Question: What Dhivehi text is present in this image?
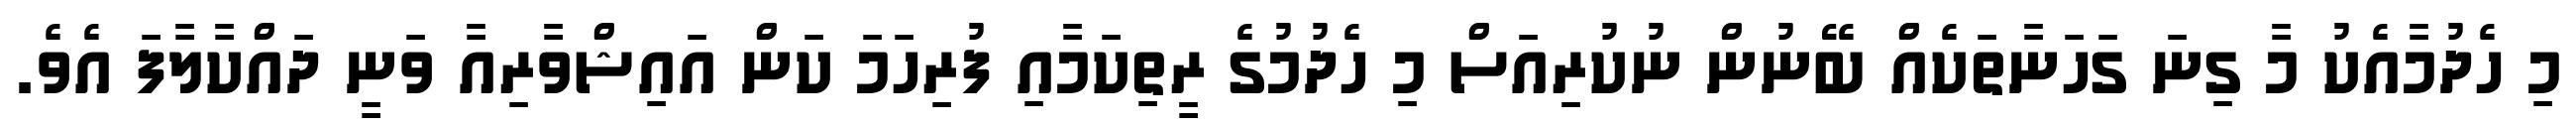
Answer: މި ހެދުމާއެކު މާ ގިނަ ގަހަނާތަކެއް ބޭނުން ނުކުރިއަސް މި ހެދުމުގެ ރީތިކަމާއި ފުރިހަމަ ކަން އައިޝްވާރިއާ ވަނީ ދައްކާލާފަ އެވެ.